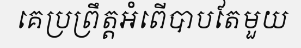
គេប្រព្រឹត្តអំពើបាបតែមួយ